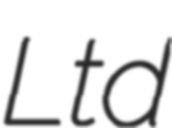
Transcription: Ltd